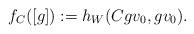
LaTeX: \begin{align*}f_C([g]):=h_W(Cgv_0, gv_0). \end{align*}